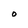
Character: O